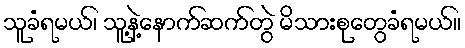
သူခံရမယ်၊ သူ့နဲ့နောက်ဆက်တွဲ မိသားစုတွေခံရမယ်။